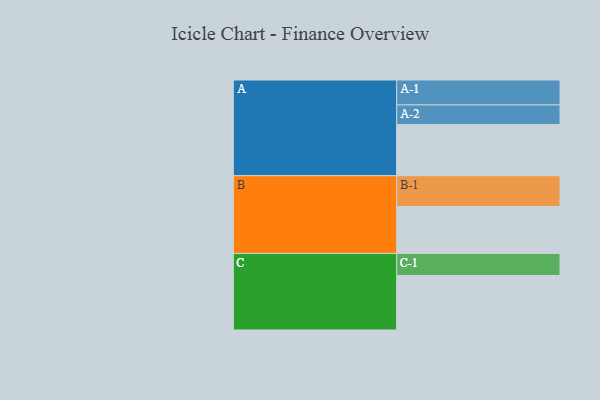
{"axis": {"x": "Segment", "y": "Value"}, "legend": ["", "A", "B", "C"], "data": [{"x": "A", "y": 446, "type": ""}, {"x": "B", "y": 409, "type": ""}, {"x": "C", "y": 475, "type": ""}, {"x": "A-1", "y": 217, "type": "A"}, {"x": "A-2", "y": 171, "type": "A"}, {"x": "B-1", "y": 268, "type": "B"}, {"x": "C-1", "y": 192, "type": "C"}]}